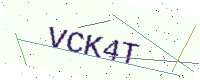
Text: VCK4T